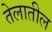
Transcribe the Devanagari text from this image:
तेलातील